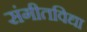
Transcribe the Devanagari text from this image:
संगीतविद्या